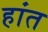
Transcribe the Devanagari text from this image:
हांत